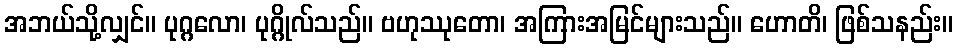
အဘယ်သို့လျှင်။ ပုဂ္ဂလော၊ ပုဂ္ဂိုလ်သည်။ ဗဟုဿုတော၊ အကြားအမြင်များသည်။ ဟောတိ၊ ဖြစ်သနည်း။